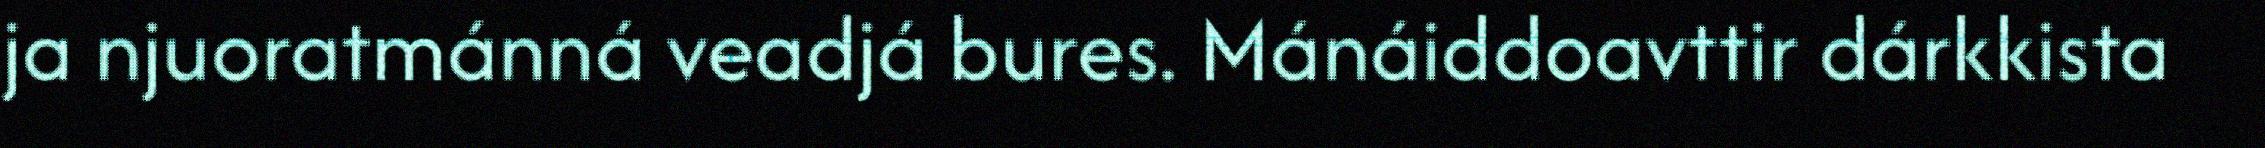
ja njuoratmánná veadjá bures. Mánáiddoavttir dárkkista